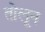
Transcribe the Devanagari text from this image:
तोलून